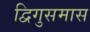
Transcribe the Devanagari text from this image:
द्विगुसमास